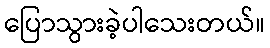
ပြောသွားခဲ့ပါသေးတယ်။